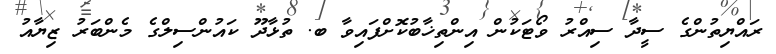
ރައްޔިތުންގެ ސީދާ ސިއްރު ވޯޓަކުން އިންތިޚާބުކޮށްފައިވާ ބ. ތުޅާދޫ ކައުންސިލްގެ މެންބަރު ޒިޔާއު